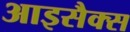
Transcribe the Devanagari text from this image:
आइसैक्स